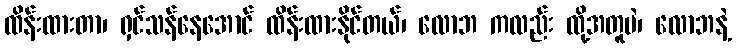
ထိန်းထားတာ၊ ရှင်သန်နေအောင် ထိန်းထားနိုင်တယ်၊ လောဘ ကလည်း ထို့အတူပဲ၊ လောဘနဲ့